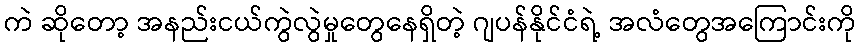
ကဲ ဆိုတော့ အနည်းငယ်ကွဲလွဲမှုတွေနေရှိတဲ့ ဂျပန်နိုင်ငံရဲ့ အလံတွေအကြောင်းကို